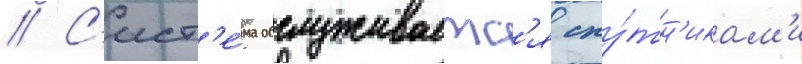
// С'ист'е́ма обслуживаетс'я спу́тн'икам'и